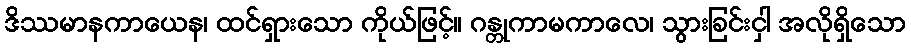
ဒိဿမာနကာယေန၊ ထင်ရှားသော ကိုယ်ဖြင့်။ ဂန္တုကာမကာလေ၊ သွားခြင်းငှါ အလိုရှိသော